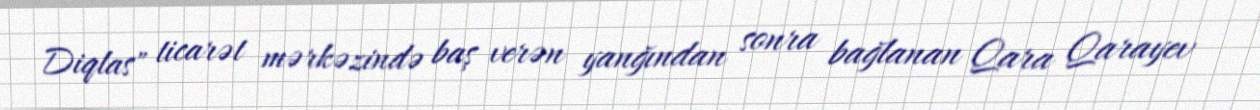
Diqlas" ticarət mərkəzində baş verən yanğından sonra bağlanan Qara Qarayev